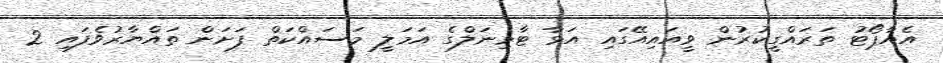
އެއާޕޯޓު ތަރައްގީކުރުން ވީއައިއޭގައި އަޅާ ޓާމިނަލްގެ އަމަލީ މަސައްކަތް ފަށަން ތައްޔާރުވެފައި 2